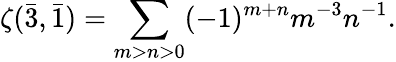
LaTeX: \zeta({\bar{3}},{\bar{1}})=\sum_{m>n>0}(-1)^{m+n}m^{-3}n^{-1}.